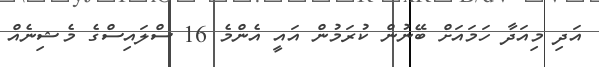
އަދި މިއަދާ ހަމައަށް ބޭނުން ކުރަމުން އައީ އެންމެ 16 ސްލައިސްގެ މެޝިނެއް